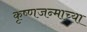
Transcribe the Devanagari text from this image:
कृष्णजन्माच्या